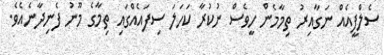
ސެލްފީއެއް ނަގާއިރު ތިމާމެން ހީވެސް ނުކުރާ ކަހަލަ ސިފައެއްގައި ތިމާގެ މޫނު ފެނިދާނެއެވެ.